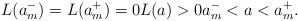
LaTeX: \begin{align*} L ( a_m^- )= L (a_m ^+ ) =0 L(a) >0 a_m^- < a < a_m^+ .\end{align*}